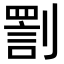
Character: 𠟟